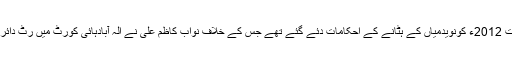
16 اگست 2012ء کونویدمیاں کے ہٹانے کے احکامات دئے گئے تھے جس کے خلاف نواب کاظم علی نے الٰہ آبادہائی کورٹ میں رٹ دائرکی تھی۔